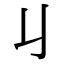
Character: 𠄍